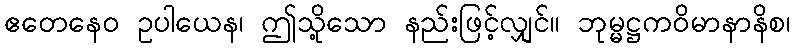
ဧတေနေဝ ဥပါယေန၊ ဤသို့သော နည်းဖြင့်လျှင်။ ဘုမ္မဋ္ဌကဝိမာနာနိစ၊